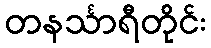
တနင်္သာရီတိုင်း